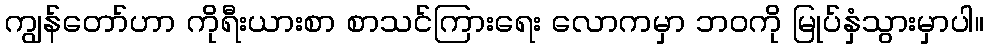
ကျွန်တော်ဟာ ကိုရီးယားစာ စာသင်ကြားရေး လောကမှာ ဘဝကို မြုပ်နှံသွားမှာပါ။